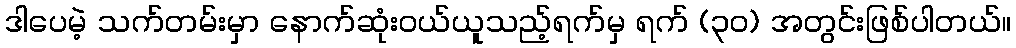
ဒါပေမဲ့ သက်တမ်းမှာ နောက်ဆုံးဝယ်ယူသည့်ရက်မှ ရက် (၃၀) အတွင်းဖြစ်ပါတယ်။